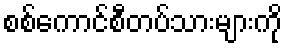
စစ်ကောင်စီတပ်သားများကို